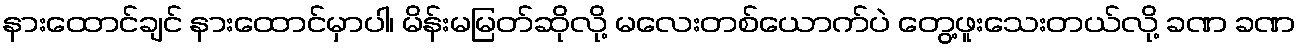
နားထောင်ချင် နားထောင်မှာပါ၊ မိန်းမမြတ်ဆိုလို့ မလေးတစ်ယောက်ပဲ တွေ့ဖူးသေးတယ်လို့ ခဏ ခဏ